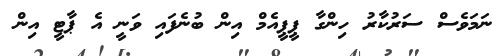
ނަމަވެސް ސަރުކާރު ހިންގާ ޕީޕީއެމް އިން ބުނެފައި ވަނީ އެ ޕާޓީ އިން